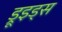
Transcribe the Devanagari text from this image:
ड्रूइड्स